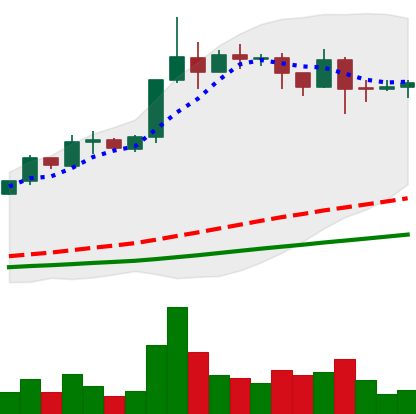
Ticker: ADA-USD
Chart end date: 2019-04-14
Forward return: -6.076%
Label: down_5_7